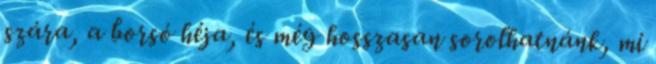
szára, a borsó héja, és még hosszasan sorolhatnánk, mi